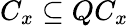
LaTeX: C_{x}\subseteq QC_{x}